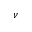
\nu